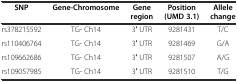
| SNP | Gene-Chromosome | Gene region | Position (UMD 3.1) | Allele change |
 | --- | --- | --- | --- | --- |
 | rs378215592 | TG- Ch14 | 3′ UTR | 9281431 | T/C |
 | rs110406764 | TG- Ch14 | 3′ UTR | 9281469 | G/A |
 | rs109662686 | TG- Ch14 | 3′ UTR | 9281507 | A/G |
 | rs109057985 | TG- Ch14 | 3′ UTR | 9281510 | T/G |